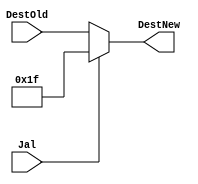
`timescale 1ns / 1ps
//////////////////////////////////////////////////////////////////////////////////
// Company: 
// 
// Design Name: 
// Module Name: JalDestChoose
// Project Name: 
// Target Devices: 
// Tool Versions: 
// Description: 
// 
// Dependencies: 
// 
// Revision:
// Revision 0.01 - File Created
// Additional Comments:
// 
//////////////////////////////////////////////////////////////////////////////////


module JalDestChoose(DestOld, Jal, DestNew);

input [4:0] DestOld;
input Jal;
output [4:0] DestNew;

assign DestNew = (Jal == 1)? 5'b11111 : DestOld;

endmodule